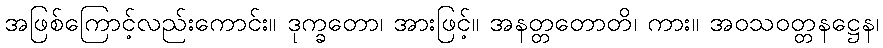
အဖြစ်ကြောင့်လည်းကောင်း။ ဒုက္ခတော၊ အားဖြင့်။ အနတ္တတောတိ၊ ကား။ အဝသဝတ္တနဋ္ဌေန၊